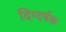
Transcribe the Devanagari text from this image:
दिग्दर्षक